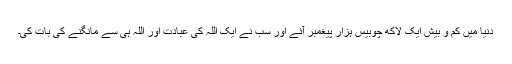
دنیا میں کم و بیش ایک لاکھ چوبیس ہزار پیغمبر آئے اور سب نے ایک اللہ کی عبادت اور اللہ ہی سے مانگنے کی بات کی۔